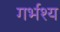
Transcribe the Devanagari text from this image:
गर्भश्य